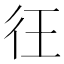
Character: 彺